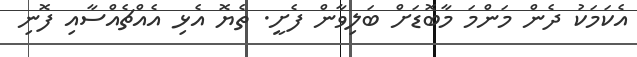
އެކަމަކު ދެން މަންމަ މާބޮޑަށް ބަލިވާން ފެށީ. ތެޔޮ އެޅި އެއްޗެއްސާއި ފޮނި